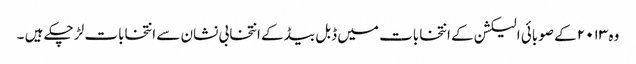
وہ ۲۰۱۳ کے صوبائی الیکشن کے انتخابات میں ڈبل بیڈ کے انتخابی نشان سے انتخابات لڑ چکے ہیں ۔